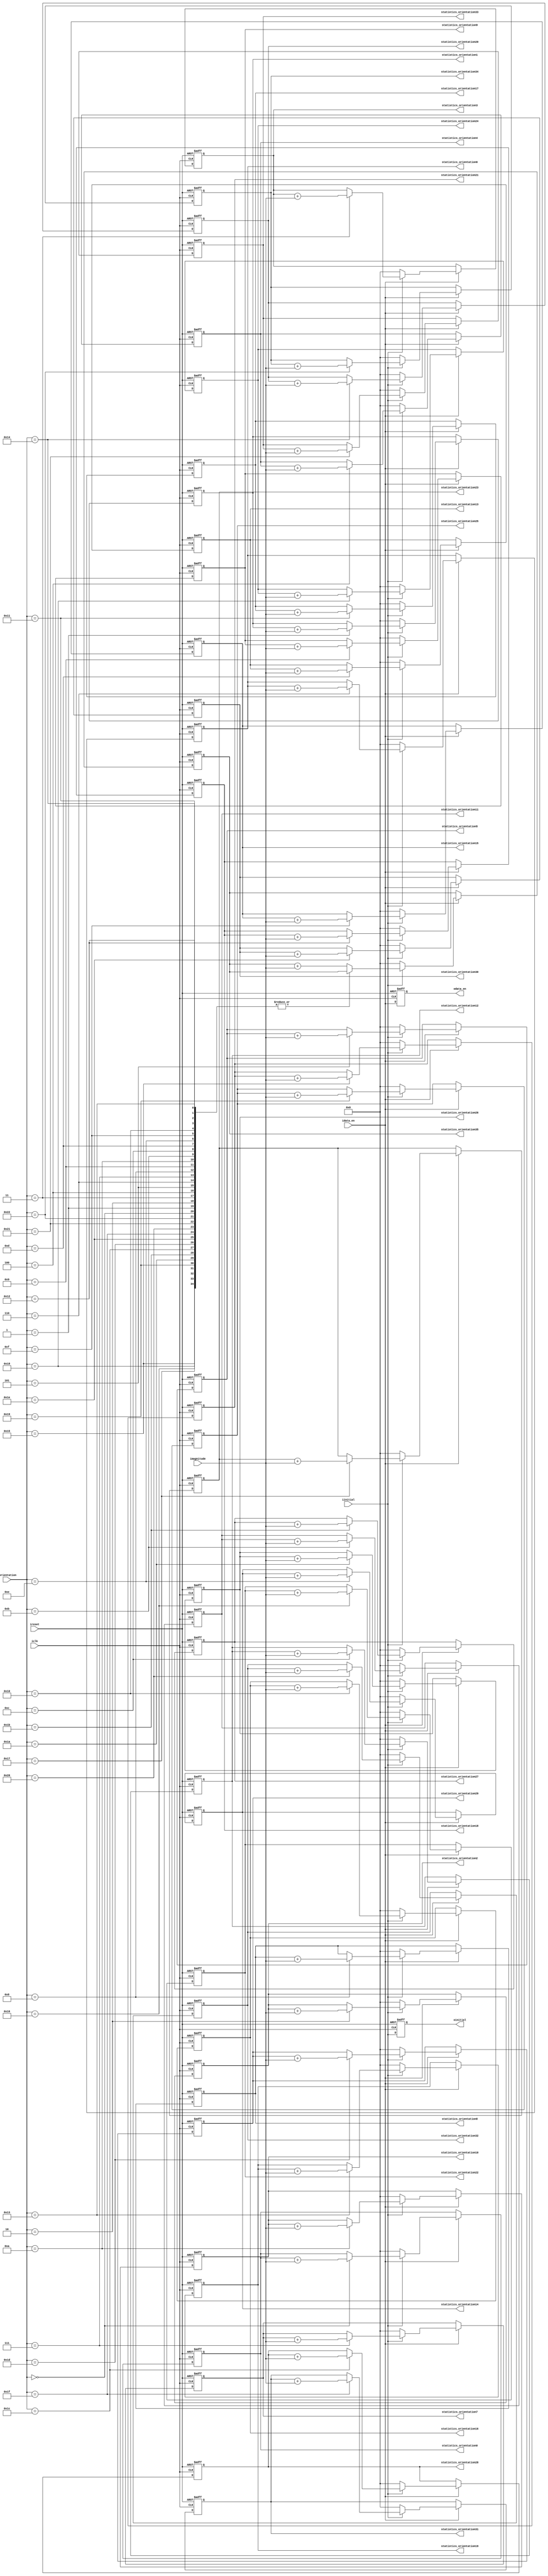
`timescale 1 ps / 1 ps

module StatisticsOrientationMagnitude(
	input 						             iclk,
	input 						             ireset,
	input                    idata_en,
	input                    iinitial,
	input			      [8:0]	   		imagnitude,
	input			      [5:0]	   		iorientation,
	output  reg              oinitial,
	output  reg              odata_en,
  output  reg   [15:0]     statistics_orientation0,
  output  reg   [15:0]     statistics_orientation1,
  output  reg   [15:0]     statistics_orientation2,
  output  reg   [15:0]     statistics_orientation3,
  output  reg   [15:0]     statistics_orientation4,
  output  reg   [15:0]     statistics_orientation5,
  output  reg   [15:0]     statistics_orientation6,
  output  reg   [15:0]     statistics_orientation7,
  output  reg   [15:0]     statistics_orientation8,
  output  reg   [15:0]     statistics_orientation9,
  output  reg   [15:0]     statistics_orientation10,
  output  reg   [15:0]     statistics_orientation11,
  output  reg   [15:0]     statistics_orientation12,
  output  reg   [15:0]     statistics_orientation13,
  output  reg   [15:0]     statistics_orientation14,
  output  reg   [15:0]     statistics_orientation15,
  output  reg   [15:0]     statistics_orientation16,
  output  reg   [15:0]     statistics_orientation17,
  output  reg   [15:0]     statistics_orientation18,
  output  reg   [15:0]     statistics_orientation19,
  output  reg   [15:0]     statistics_orientation20,
  output  reg   [15:0]     statistics_orientation21,
  output  reg   [15:0]     statistics_orientation22,
  output  reg   [15:0]     statistics_orientation23,
  output  reg   [15:0]     statistics_orientation24,
  output  reg   [15:0]     statistics_orientation25,
  output  reg   [15:0]     statistics_orientation26,
  output  reg   [15:0]     statistics_orientation27,
  output  reg   [15:0]     statistics_orientation28,
  output  reg   [15:0]     statistics_orientation29,
  output  reg   [15:0]     statistics_orientation30,
  output  reg   [15:0]     statistics_orientation31,
  output  reg   [15:0]     statistics_orientation32,
  output  reg   [15:0]     statistics_orientation33,
  output  reg   [15:0]     statistics_orientation34,
  output  reg   [15:0]     statistics_orientation35
);

reg   [5:0]   i;

always@(posedge iclk or negedge ireset) begin
  if (!ireset) begin
      oinitial <= 0;
      odata_en <= 0;
      statistics_orientation0 <= 0;
      statistics_orientation1 <= 0;
      statistics_orientation2 <= 0;
      statistics_orientation3 <= 0;
      statistics_orientation4 <= 0;
      statistics_orientation5 <= 0;
      statistics_orientation6 <= 0;
      statistics_orientation7 <= 0;
      statistics_orientation8 <= 0;
      statistics_orientation9 <= 0;
      statistics_orientation10 <= 0;
      statistics_orientation11 <= 0;
      statistics_orientation12 <= 0;
      statistics_orientation13 <= 0;
      statistics_orientation14 <= 0;
      statistics_orientation15 <= 0;
      statistics_orientation16 <= 0;
      statistics_orientation17 <= 0;
      statistics_orientation18 <= 0;
      statistics_orientation19 <= 0;
      statistics_orientation20 <= 0;
      statistics_orientation21 <= 0;
      statistics_orientation22 <= 0;
      statistics_orientation23 <= 0;
      statistics_orientation24 <= 0;
      statistics_orientation25 <= 0;
      statistics_orientation26 <= 0;
      statistics_orientation27 <= 0;
      statistics_orientation28 <= 0;
      statistics_orientation29 <= 0;
      statistics_orientation30 <= 0;
      statistics_orientation31 <= 0;
      statistics_orientation32 <= 0;
      statistics_orientation33 <= 0;
      statistics_orientation34 <= 0;
      statistics_orientation35 <= 0;    
  end
  else begin
    oinitial <= iinitial;
    odata_en <= idata_en;
    if (idata_en) begin
      if (iinitial) begin
        case (iorientation) 
          6'd0 :  statistics_orientation0 = statistics_orientation0 + imagnitude; 
          6'd1 :  statistics_orientation1 = statistics_orientation1 + imagnitude;
          6'd2 :  statistics_orientation2 = statistics_orientation2 + imagnitude;
          6'd3 :  statistics_orientation3 = statistics_orientation3 + imagnitude;
          6'd4 :  statistics_orientation4 = statistics_orientation4 + imagnitude;
          6'd5 :  statistics_orientation5 = statistics_orientation5 + imagnitude;
          6'd6 :  statistics_orientation6 = statistics_orientation6 + imagnitude;
          6'd7 :  statistics_orientation7 = statistics_orientation7 + imagnitude;
          6'd8 :  statistics_orientation8 = statistics_orientation8 + imagnitude;
          6'd9 :  statistics_orientation9 = statistics_orientation9 + imagnitude;
          6'd10 :  statistics_orientation10 = statistics_orientation10 + imagnitude;
          6'd11 :  statistics_orientation11 = statistics_orientation11 + imagnitude;
          6'd12 :  statistics_orientation12 = statistics_orientation12 + imagnitude;
          6'd13 :  statistics_orientation13 = statistics_orientation13 + imagnitude;
          6'd14 :  statistics_orientation14 = statistics_orientation14 + imagnitude;
          6'd15 :  statistics_orientation15 = statistics_orientation15 + imagnitude;
          6'd16 :  statistics_orientation16 = statistics_orientation16 + imagnitude;
          6'd17 :  statistics_orientation17 = statistics_orientation17 + imagnitude;
          6'd18 :  statistics_orientation18 = statistics_orientation18 + imagnitude;
          6'd19 :  statistics_orientation19 = statistics_orientation19 + imagnitude;
          6'd20 :  statistics_orientation20 = statistics_orientation20 + imagnitude;
          6'd21 :  statistics_orientation21 = statistics_orientation21 + imagnitude;
          6'd22 :  statistics_orientation22 = statistics_orientation22 + imagnitude;
          6'd23 :  statistics_orientation23 = statistics_orientation23 + imagnitude;
          6'd24 :  statistics_orientation24 = statistics_orientation24 + imagnitude;
          6'd25 :  statistics_orientation25 = statistics_orientation25 + imagnitude;
          6'd26 :  statistics_orientation26 = statistics_orientation26 + imagnitude;
          6'd27 :  statistics_orientation27 = statistics_orientation27 + imagnitude;
          6'd28 :  statistics_orientation28 = statistics_orientation28 + imagnitude;
          6'd29 :  statistics_orientation29 = statistics_orientation29 + imagnitude;
          6'd30 :  statistics_orientation30 = statistics_orientation30 + imagnitude;
          6'd31 :  statistics_orientation31 = statistics_orientation31 + imagnitude;
          6'd32 :  statistics_orientation32 = statistics_orientation32 + imagnitude;
          6'd33 :  statistics_orientation33 = statistics_orientation33 + imagnitude;
          6'd34 :  statistics_orientation34 = statistics_orientation34 + imagnitude;
          default :  statistics_orientation35 = statistics_orientation35 + imagnitude;          
        endcase
      end
      else begin
        statistics_orientation0 <= 0;
        statistics_orientation1 <= 0;
        statistics_orientation2 <= 0;
        statistics_orientation3 <= 0;
        statistics_orientation4 <= 0;
        statistics_orientation5 <= 0;
        statistics_orientation6 <= 0;
        statistics_orientation7 <= 0;
        statistics_orientation8 <= 0;
        statistics_orientation9 <= 0;
        statistics_orientation10 <= 0;
        statistics_orientation11 <= 0;
        statistics_orientation12 <= 0;
        statistics_orientation13 <= 0;
        statistics_orientation14 <= 0;
        statistics_orientation15 <= 0;
        statistics_orientation16 <= 0;
        statistics_orientation17 <= 0;
        statistics_orientation18 <= 0;
        statistics_orientation19 <= 0;
        statistics_orientation20 <= 0;
        statistics_orientation21 <= 0;
        statistics_orientation22 <= 0;
        statistics_orientation23 <= 0;
        statistics_orientation24 <= 0;
        statistics_orientation25 <= 0;
        statistics_orientation26 <= 0;
        statistics_orientation27 <= 0;
        statistics_orientation28 <= 0;
        statistics_orientation29 <= 0;
        statistics_orientation30 <= 0;
        statistics_orientation31 <= 0;
        statistics_orientation32 <= 0;
        statistics_orientation33 <= 0;
        statistics_orientation34 <= 0;
        statistics_orientation35 <= 0; 
      end
    end
  end 
end

endmodule